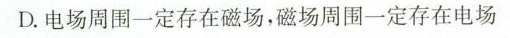
D.电场周围一定存在磁场，磁场周围一定存在电场